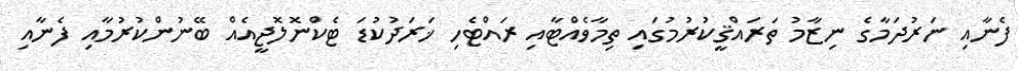
ފެނާއި ނަރުދަމާގެ ނިޒާމު ތަރައްޤީކުރުމުގައި ތިމާވެއްޓާއި ރައްޓެހި ޚަރަދުކުޑަ ޓެކްނޮލޮޖީއެއް ބޭނުންކުރުމާއި ފެނާއި